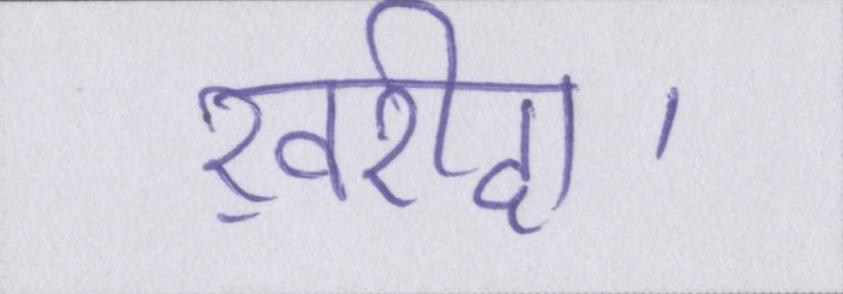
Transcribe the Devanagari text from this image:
ख़रीदा।